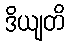
ဒိယျတိ